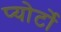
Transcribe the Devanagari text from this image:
प्योर्टो